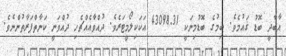
އާބާދީ ބޮޑު ޤައުމެވެ. ބިމުގެ ބޮޑުމިނަކީ 43098.31 އަކަކިލޯމީޓަރެވެ. ދުއްވާއެއްޗެހި ދުއްވަނީ ކަނާތްފަރާތުންނެވެ.